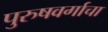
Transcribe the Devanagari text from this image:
पुरुषवर्गाचा